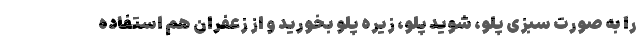
را به صورت سبزی پلو، شوید پلو، زیره پلو بخورید و از زعفران هم استفاده